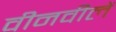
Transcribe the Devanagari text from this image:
वीनवीलें